Civil Veterinary Dept. Assam report 1911-1927 - 1911-1927
Year: 1911
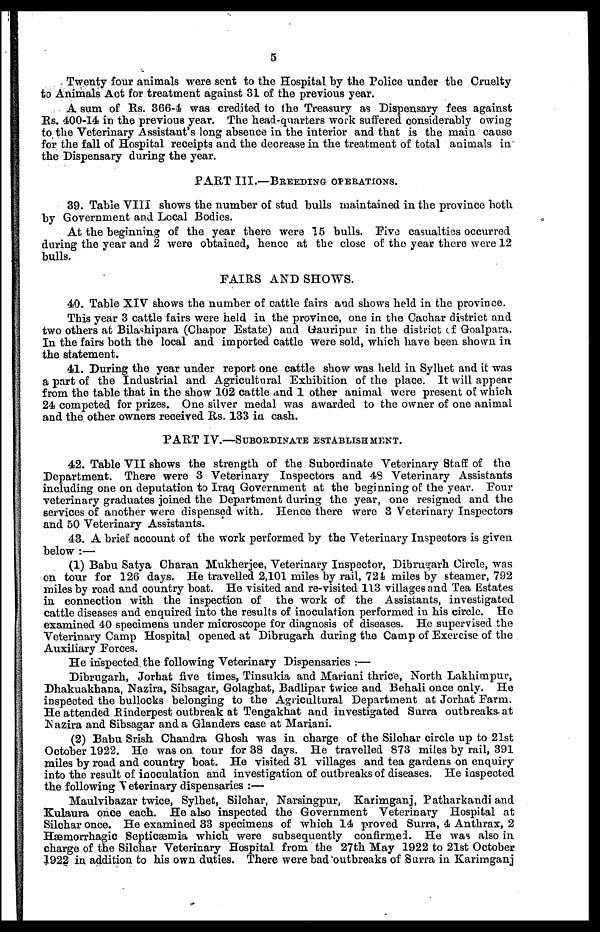
5
Twenty four animals were sent to the Hospital by the Police under the Cruelty
to Animals Act for treatment against 31 of the previous year.
A sum of Rs. 366-4 was credited to the Treasury as Dispensary fees against
Rs. 400-14 in the previous year. The head-quarters work suffered considerably owing
to the Veterinary Assistant's long absence in the interior and that is the main cause
for the fall of Hospital receipts and the decrease in the treatment of total animals in
the Dispensary during the year.
PART III.—BREEDING OPERATIONS.
39. Table VIII shows the number of stud bulls maintained in the province both
by Government and Local Bodies.
At the beginning of the year there were 15 bulls. Five casualties occurred
during the year and 2 were obtained, hence at the close of the year there were 12
bulls.
FAIRS AND SHOWS.
40. Table XIV shows the number of cattle fairs and shows held in the province.
This year 3 cattle fairs were held in the province, one in the Cachar district and
two others at Bilashipara (Chapor Estate) and Gauripur in the district of Goalpara.
In the fairs both the local and imported cattle were sold, which have been shown in
the statement.
41. During the year under report one cattle show was held in Sylhet and it was
a part of the Industrial and Agricultural Exhibition of the place. It will appear
from the table that in the show 102 cattle and 1 other animal were present of which
24 competed for prizes. One silver medal was awarded to the owner of one animal
and the other owners received Rs. 133 in cash.
PART IV.—SUBORDINATE ESTABLISHMENT.
42. Table VII shows the strength of the Subordinate Veterinary Staff of the
Department. There were 3 Veterinary Inspectors and 48 Veterinary Assistants
including one on deputation to Iraq Government at the beginning of the year. Four
veterinary graduates joined the Department during the year, one resigned and the
services of another were dispensed with. Hence there were 3 Veterinary Inspectors
and 50 Veterinary Assistants.
43. A brief account of the work performed by the Veterinary Inspectors is given
below:—
(1) Babu Satya Charan Mukherjee, Veterinary Inspector, Dibrugarh Circle, was
on tour for 126 days. He travelled 2,101 miles by rail, 724 miles by steamer, 792
miles by road and country boat. He visited and re-visited 113 villages and Tea Estates
in connection with the inspection of the work of the Assistants, investigated
cattle diseases and enquired into the results of inoculation performed in his circle. He
examined 40 specimens under microscope for diagnosis of diseases. He supervised the
Veterinary Camp Hospital opened at Dibrugarh during the Camp of Exercise of the
Auxiliary Forces.
He inspected the following Veterinary Dispensaries:—
Dibrugarh, Jorhat five times, Tinsukia and Mariani thrice, North Lakhimpur,
Dhakuakhana, Nazira, Sibsagar, Golaghat, Badlipar twice and Behali once only. He
inspected the bullocks belonging to the Agricultural Department at Jorhat Farm.
He attended Rinderpest outbreak at Tengakhat and investigated Surra outbreaks at
Nazira and Sibsagar and a Glanders case at Mariani.
(2) Babu Srish Chandra Ghosh was in charge of the Silchar circle up to 21st
October 1922. He was on tour for 38 days. He travelled 873 miles by rail, 391
miles by road and country boat. He visited 31 villages and tea gardens on enquiry
into the result of inoculation and investigation of outbreaks of diseases. He inspected
the following Veterinary dispensaries:—
Maulvibazar twice, Sylhet, Silchar, Narsingpur, Karimganj, Patharkandi and
Kulaura once each. He also inspected the Government Veterinary Hospital at
Silchar once. He examined 33 specimens of which 14 proved Surra, 4 Anthrax, 2
Hæmorrhagic Septicæmia which were subsequently confirmed. He was also in
charge of the Silchar Veterinary Hospital from the 27th May 1922 to 21st October
1922 in addition to his own duties. There were bad outbreaks of Surra in Karimganj